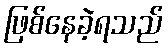
ဖြစ်နေခဲ့ရသည်